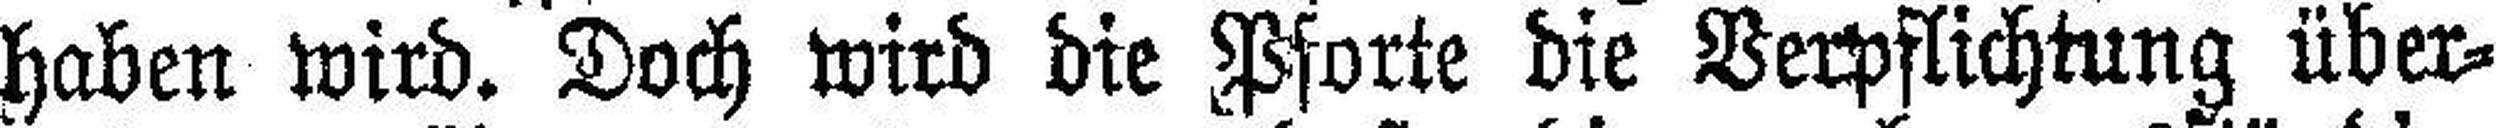
haben wird. Doch wird die Pforte die Verpflichtung über¬